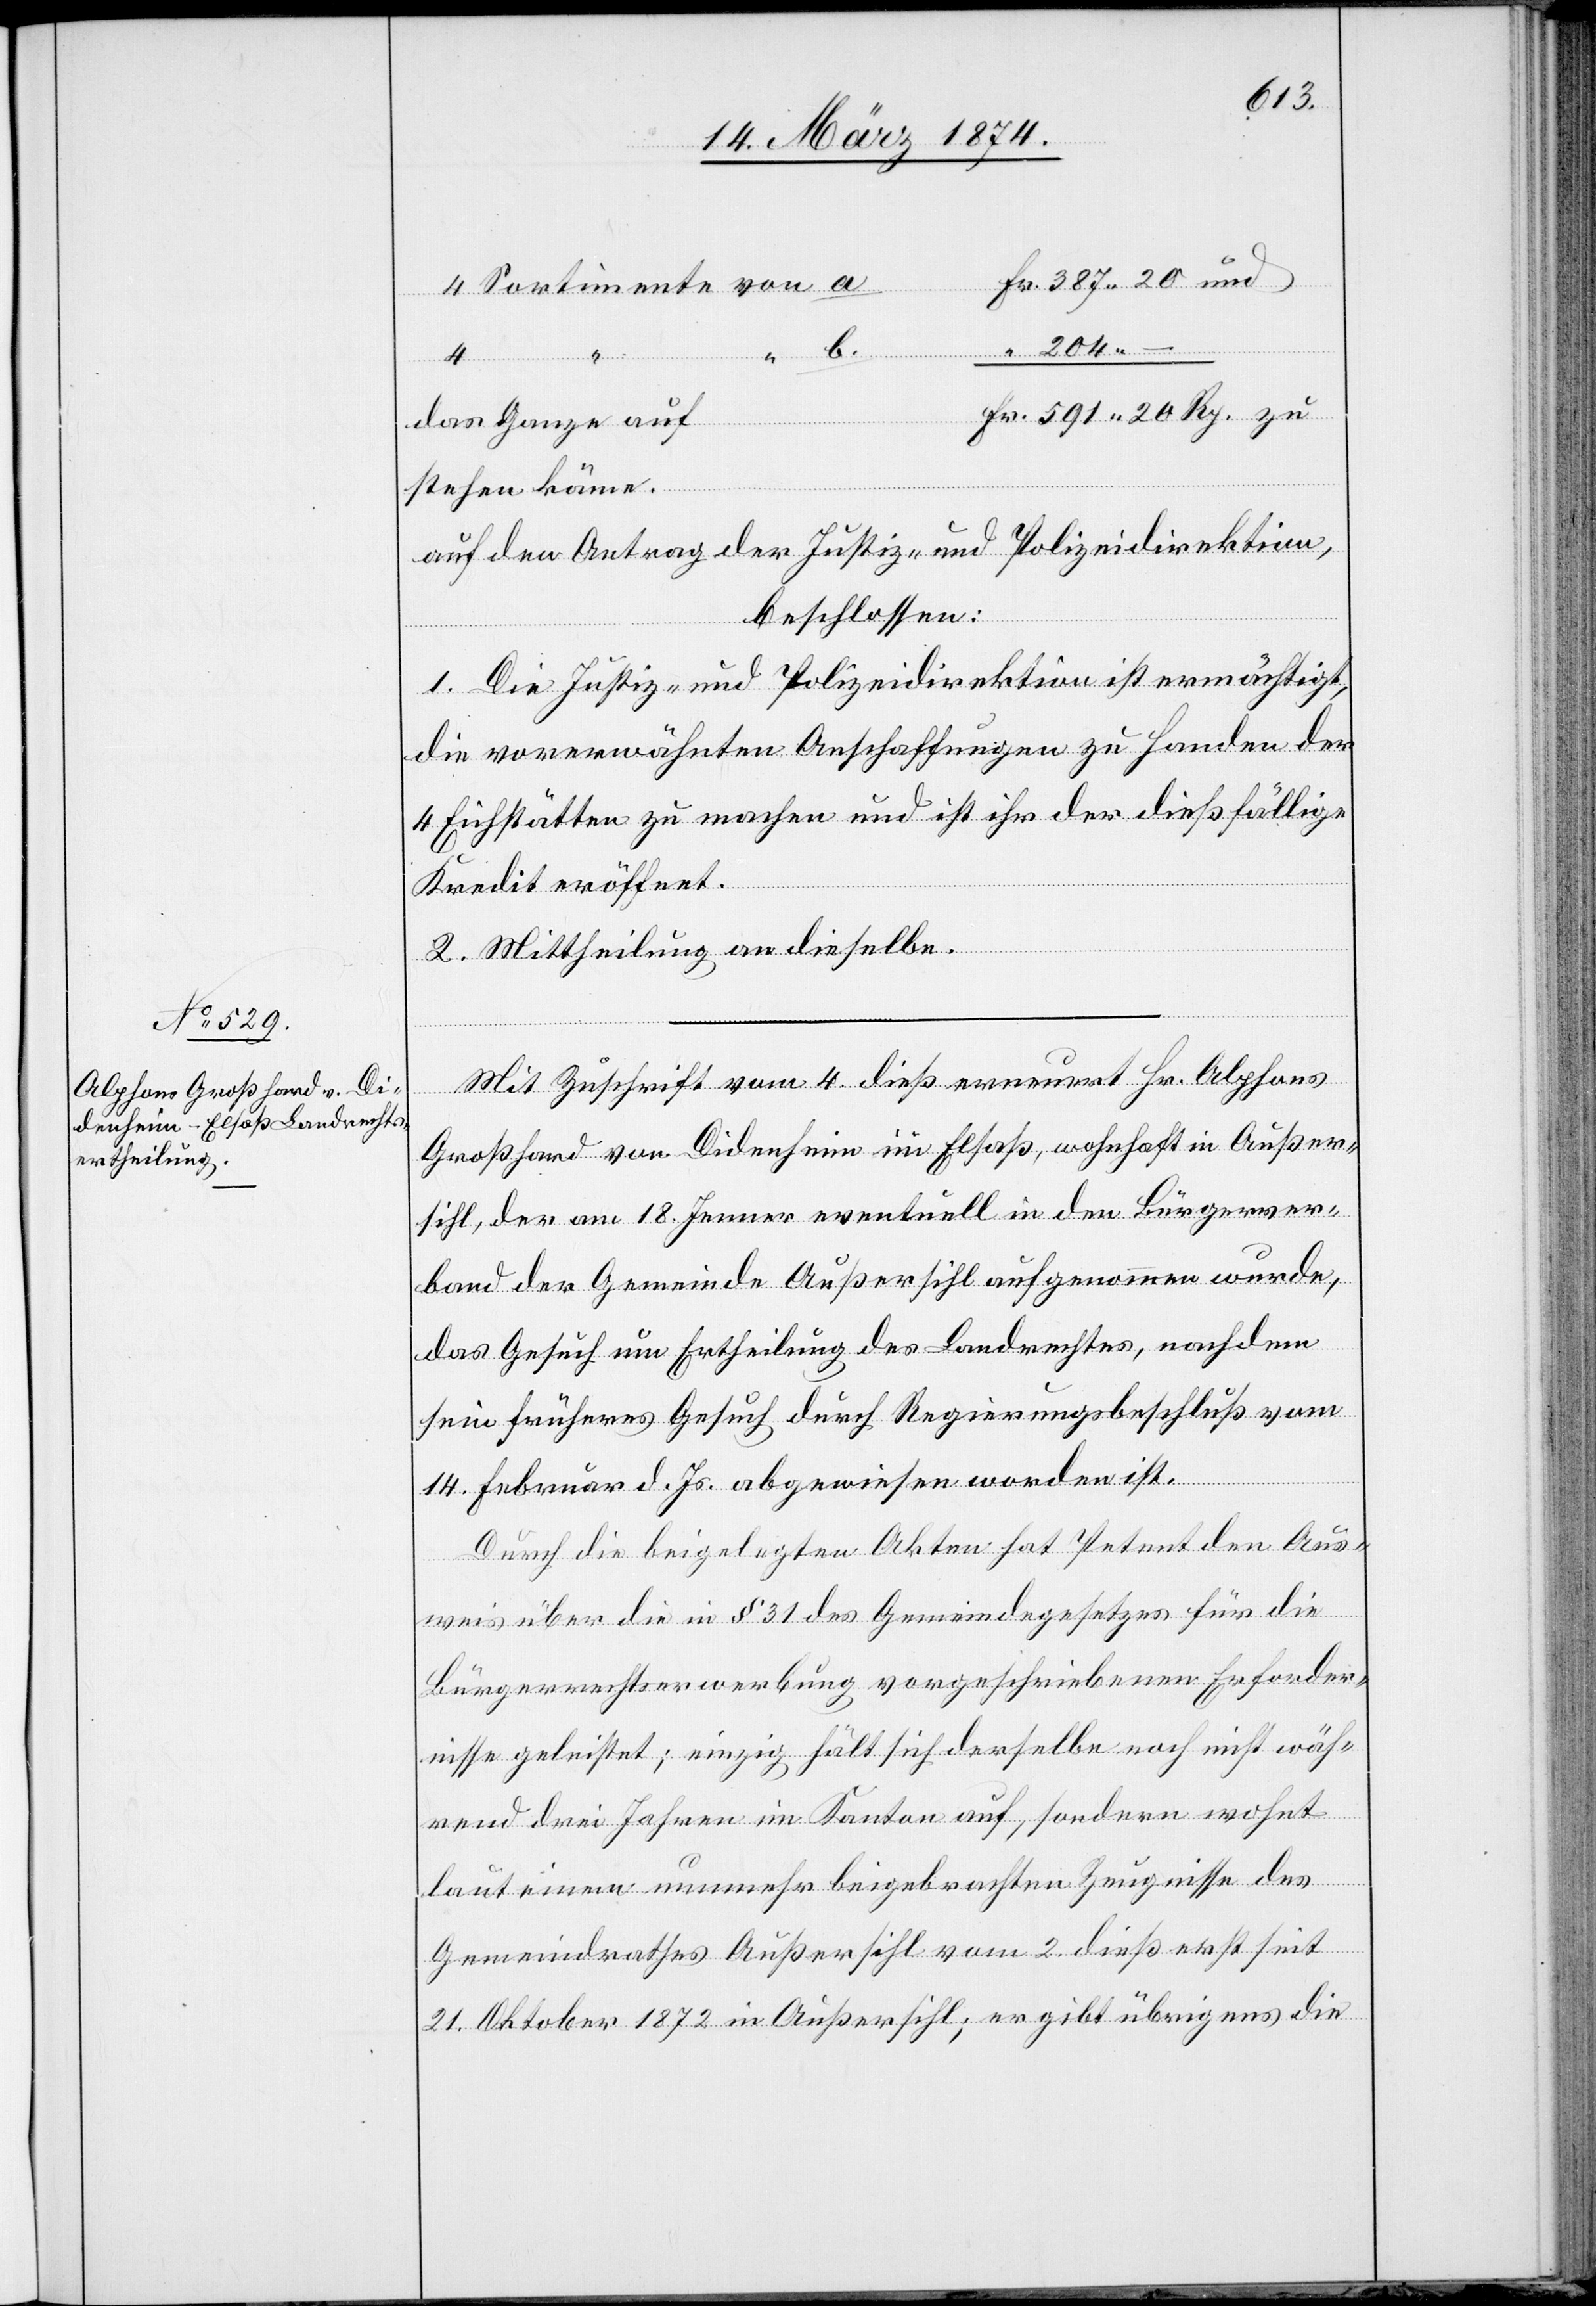
Fr. 387.20 und
4 Sortimente von a.
“ 204.–
Fr. 591.20 Rp. zu
das Ganze auf
stehen käme.
Auf den Antrag der Justiz- und Polizeidirektion,
beschlossen:
1. Die Justiz- und Polizeidirektion ist ermächtigt,
die vorerwähnten Anschaffungen zu Handen der
4 Eichstätten zu machen und ist ihr der dießfällige
Kredit eröffnet.
2. Mittheilung an dieselbe.
Mit Zuschrift vom 4. dieß erneuert Hr. Alphons
Großhard von Didenheim im Elsaß, wohnhaft in Außer¬
sihl, der am 18. Jenner eventuell in den Bürgerver¬
band der Gemeinde Außersihl aufgenommen wurde,
das Gesuch um Ertheilung des Landrechtes, nachdem
sein früheres Gesuch durch Regierungsbeschluß vom
14. Februar d. Js. abgewiesen worden ist.
Durch die beigelegten Akten hat Petent den Aus¬
weis über die in § 31 des Gemeindegesetzes für die
Bürgerrechtserwerbung vorgeschriebenen Erforder¬
nisse geleistet; einzig hält sich derselbe noch nicht wäh¬
rend drei Jahren im Kanton auf, sondern wohnt
laut einem nunmehr beigebrachten Zeugnisse des
Gemeindrathes Außersihl vom 2. dieß erst seit
21. Oktober 1872 in Außersihl; er gibt übrigens die